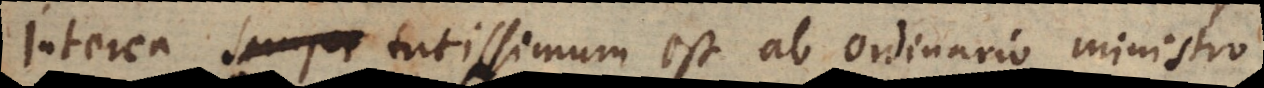
Interea semper tutissimum est ab ordinario ministro